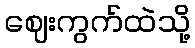
ဈေးကွက်ထဲသို့